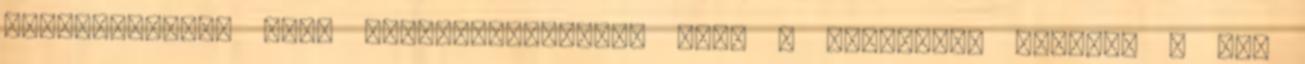
közleményében arra figyelmeztetett, hogy - lehetőség szerint - aki